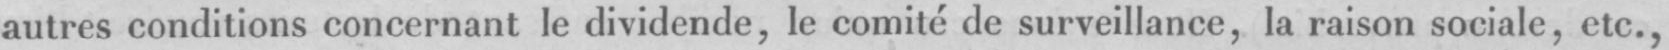
autres conditions concernant le dividende, le comité lie surveillance, la raison sociale, etc.,